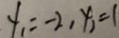
y _ { 1 } = - 2 , x _ { 1 } = 1